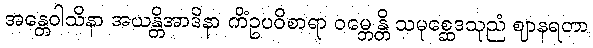
အန္တေဝါသိနာ အယန္တိအာဒိနာ ကိံဥပဝိစာရာ ဝမ္ဘေန္တိ သမုစ္ဆေဒသုညံ ဈာနရတာ